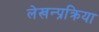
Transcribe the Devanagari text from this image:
लेखन्प्रक्रिया